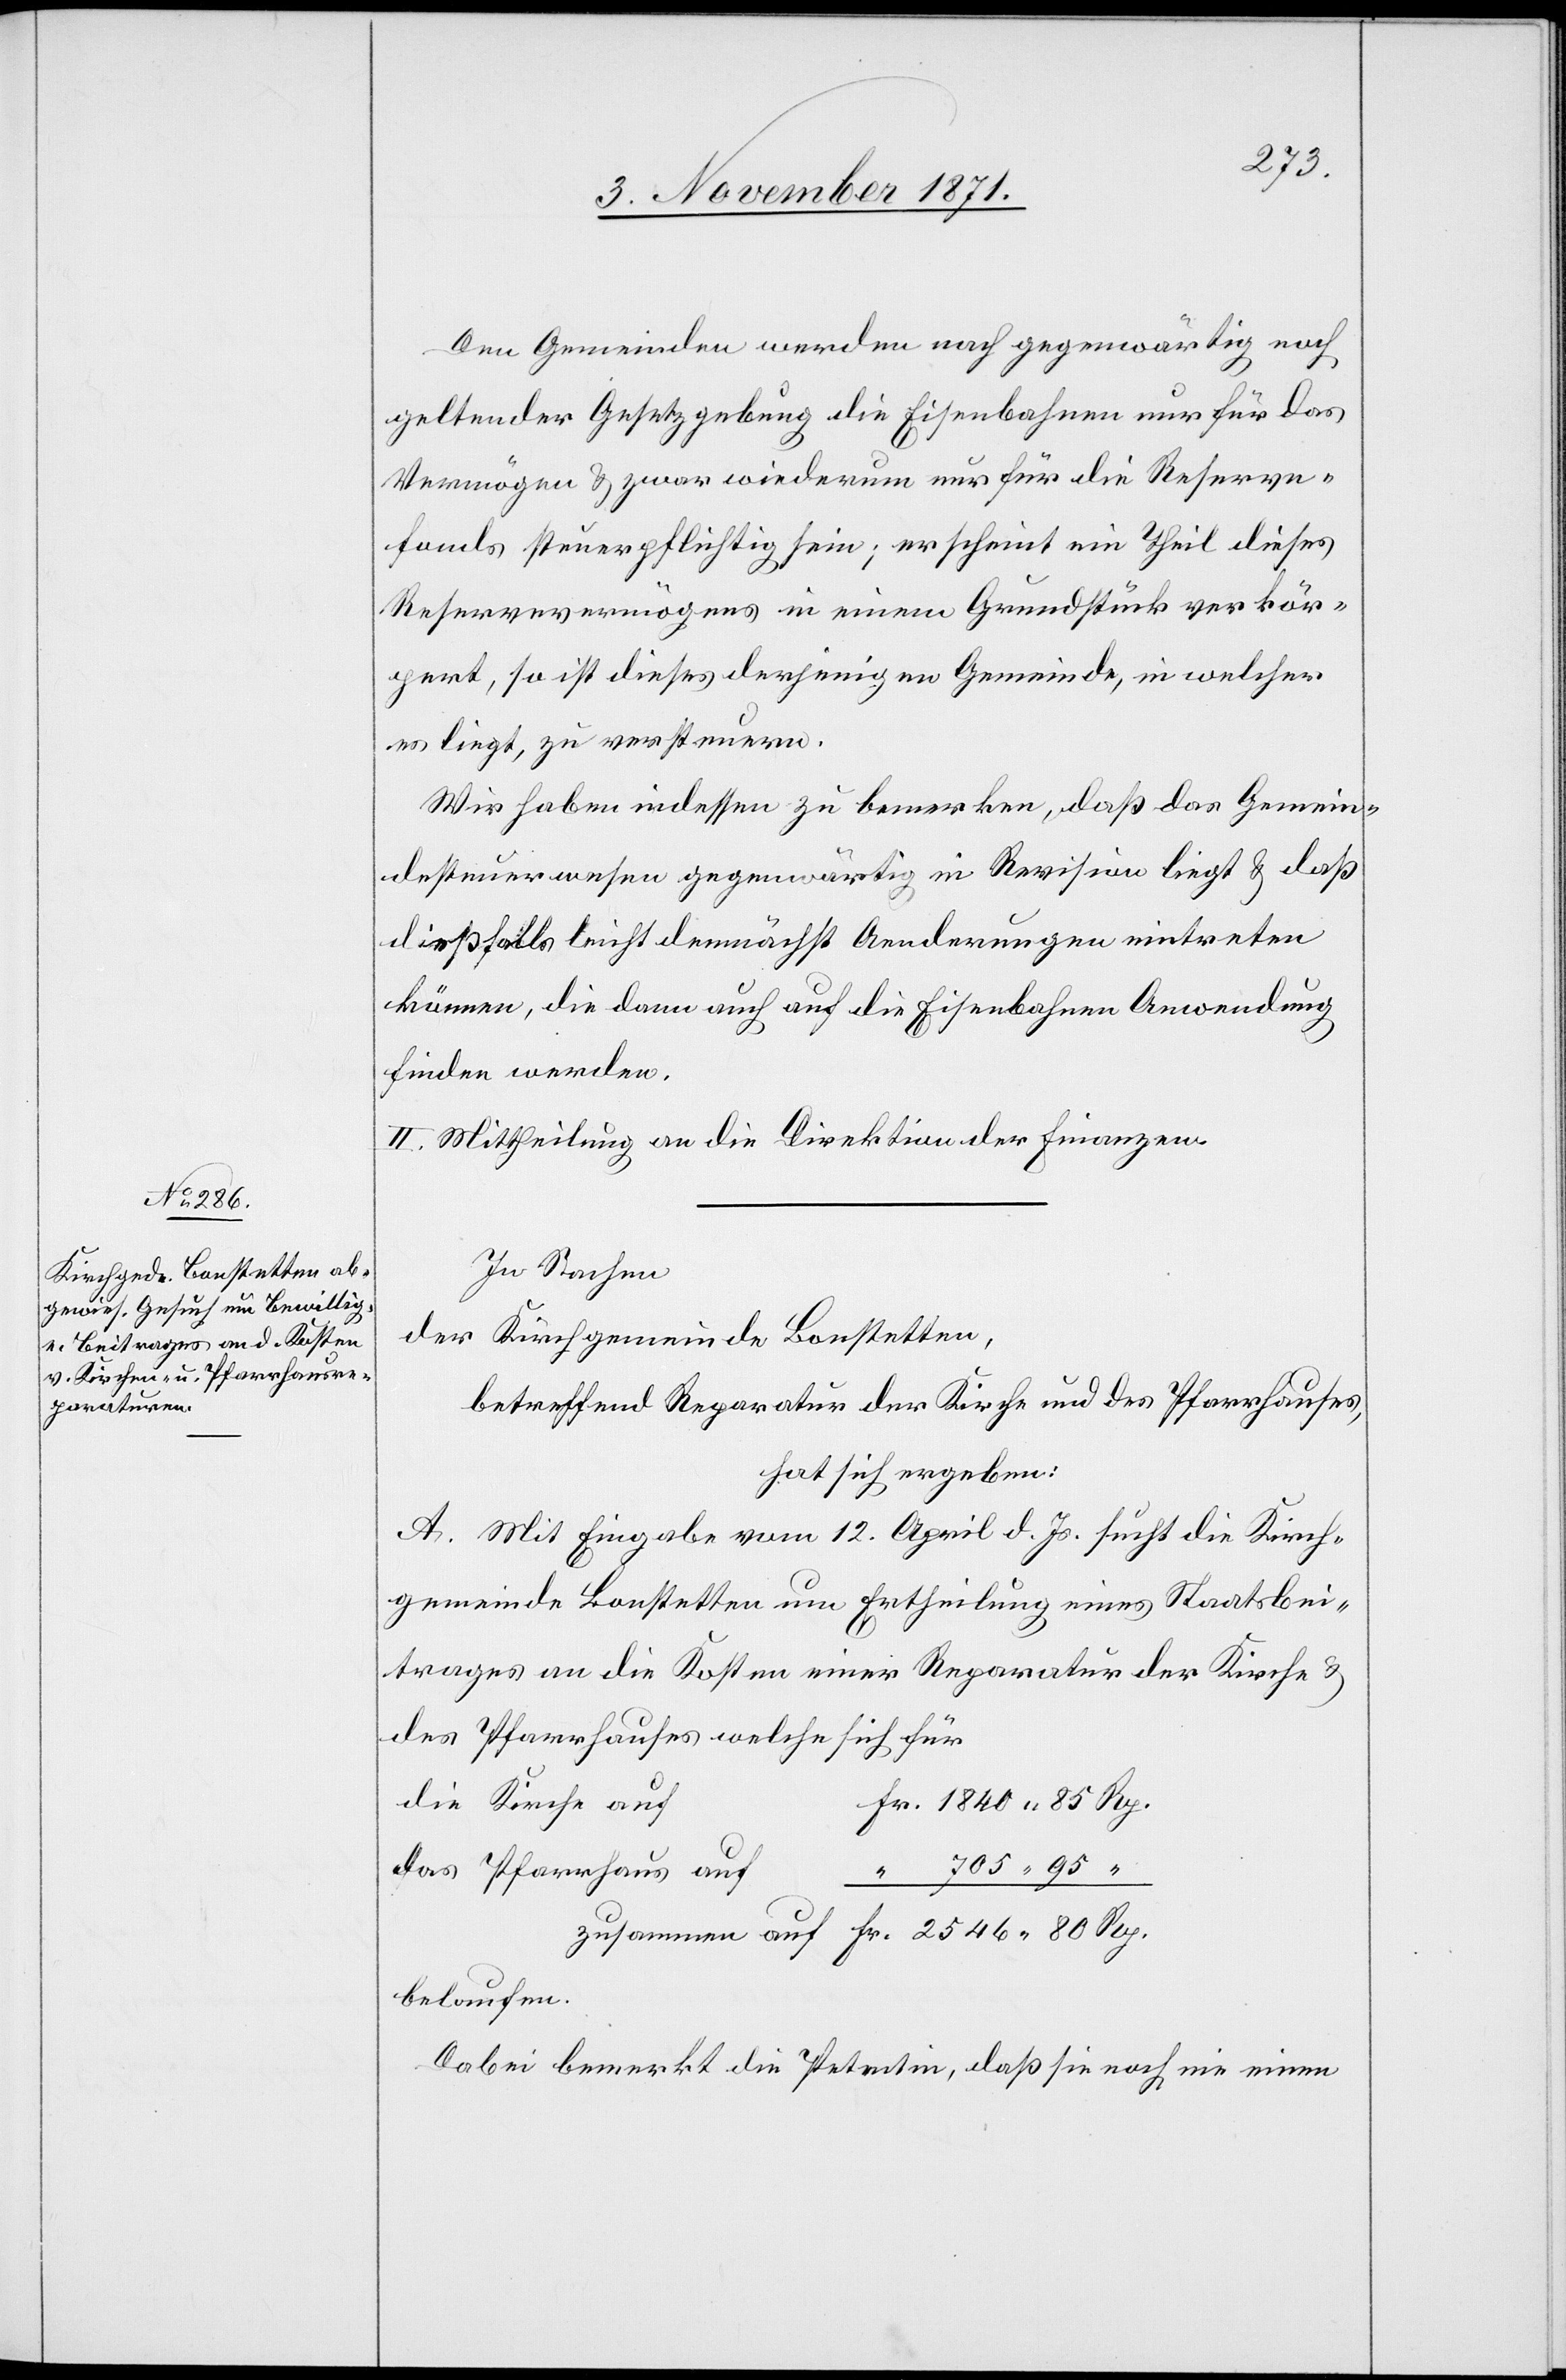
Den Gemeinden werden nach gegenwärtig noch
geltender Gesetzgebung die Eisenbahnen nur für das
Vermögen & zwar wiederum nur für die Reserve¬
fonds steuerpflichtig sein; erscheint ein Theil dieses
Reservevermögens in einem Grundstück verkör¬
pert, so ist dieses derjenigen Gemeinde, in welcher
es liegt, zu versteuern.
Wir haben indessen zu bemerken, daß das Gemein¬
desteuerwesen gegenwärtig in Revision liegt & daß
dießfalls leicht demnächst Aenderungen eintreten
können, die dann auch auf die Eisenbahnen Anwendung
finden werden.
II. Mittheilung an die Direktion der Finanzen.
In Sachen
der Kirchgemeinde Bonstetten,
betreffend Reparatur der Kirche und des Pfarrhauses,
hat sich ergeben:
A. Mit Eingabe vom 12. April d. Js. sucht die Kirch¬
gemeinde Bonstetten um Ertheilung eines Staatsbei¬
trages an die Kosten einer Reparatur der Kirche &
des Pfarrhauses [nach] welche sich für
die Kirche auf
Fr. 2546. 80 Rp.
das Pfarrhaus auf
“ 705. 95 “
belaufen.
Dabei bemerkt die Petentin, daß sie noch nie einen